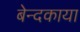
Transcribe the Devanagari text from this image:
बेन्दकाया